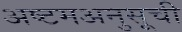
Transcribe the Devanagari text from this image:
अष्टमअनुसूची